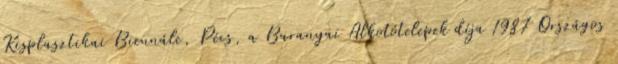
Kisplasztikai Biennále, Pécs, a Baranyai Alkotótelepek díja 1987 Országos